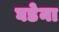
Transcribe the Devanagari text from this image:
घडेना